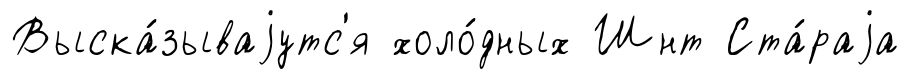
Выска́зываjутс'я холо́дных Шнт Ста́раjа